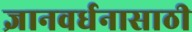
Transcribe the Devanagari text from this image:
ज्ञानवर्धनासाठी